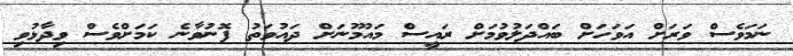
ނަމަވެސް ވަރަށް އަވަހަށް ބައްދަލުވުމަށް ރައީސް މައުމޫނަށް ދައުވަތު ފޮނުވާނެ ކަމަށްވެސް ވިދާޅުވި